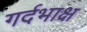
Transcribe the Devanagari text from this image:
गर्दभाक्ष